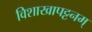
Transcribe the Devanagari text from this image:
विशाखापट्टनम्